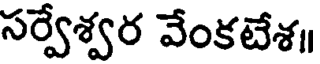
సర్వేశ్వర వేంకటేశ॥